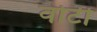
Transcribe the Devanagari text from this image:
वोटी